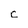
Character: c